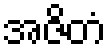
အဇိတံ